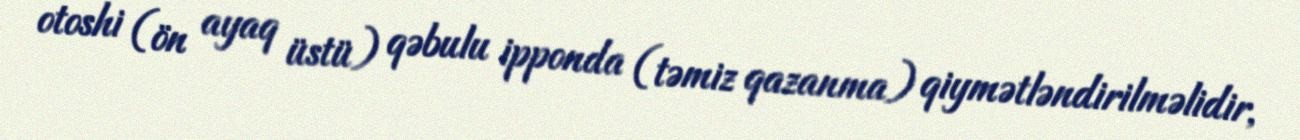
otoshi (ön ayaq üstü) qəbulu ipponda (təmiz qazanma) qiymətləndirilməlidir,